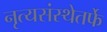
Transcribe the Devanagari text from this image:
नृत्यसंस्थेतर्फे